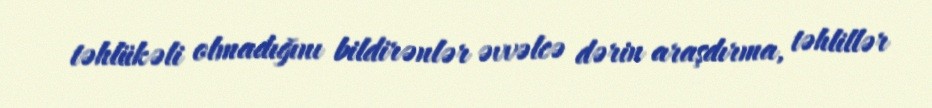
təhlükəli olmadığını bildirənlər əvvəlcə dərin araşdırma, təhlillər